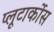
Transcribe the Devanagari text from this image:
प्लूटार्कोस